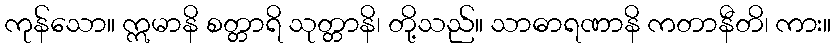
ကုန်သော။ ဣမာနိ စတ္တာရိ သုတ္တာနိ၊ တို့သည်။ သာဓာရဏာနိ ကတာနီတိ၊ ကား။